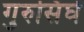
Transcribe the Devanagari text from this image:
गुरुसिंघे